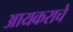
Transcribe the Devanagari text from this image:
आयकराचे